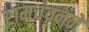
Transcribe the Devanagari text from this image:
रामचंद्रनने